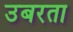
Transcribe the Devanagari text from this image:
उबरता